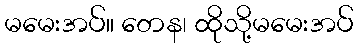
မမေးအပ်။ တေန၊ ထိုသို့မမေးအပ်